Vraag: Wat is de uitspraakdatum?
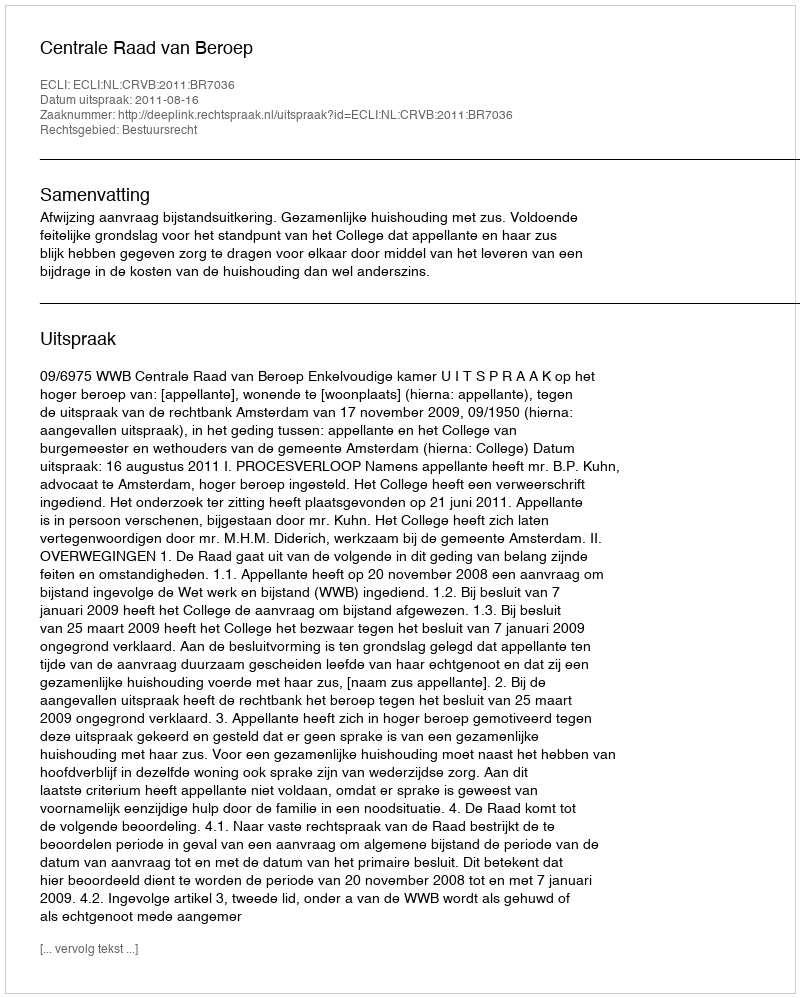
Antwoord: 2011-08-16